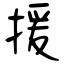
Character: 援